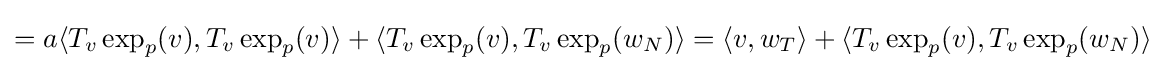
=a\langle T_{v}\exp _{p}(v),T_{v}\exp _{p}(v)\rangle +\langle T_{v}\exp _{p}(v),T_{v}\exp _{p}(w_{N})\rangle =\langle v,w_{T}\rangle +\langle T_{v}\exp _{p}(v),T_{v}\exp _{p}(w_{N})\rangle